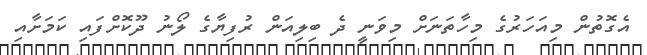
އެގޮތުން މިއަހަރުގެ މިހާތަނަށް މިވަނީ ދެ ބިލިއަން ރުފިޔާގެ ލޯނު ދޫކޮށްފައި ކަމަށާއި